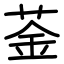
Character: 菳